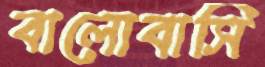
বালোবাসি